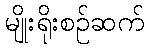
မျိုးရိုးစဉ်ဆက်